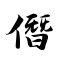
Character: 僭